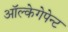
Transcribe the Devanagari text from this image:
ऑल्केगेपेन्ट